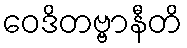
ဝေဒိတဗ္ဗာနီတိ